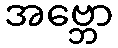
အဗ္ဘော